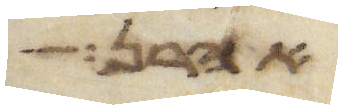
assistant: אהרן